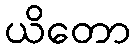
ယိတော